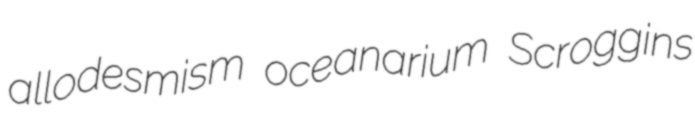
allodesmism oceanarium Scroggins